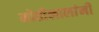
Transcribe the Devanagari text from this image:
मोतीलालांनी